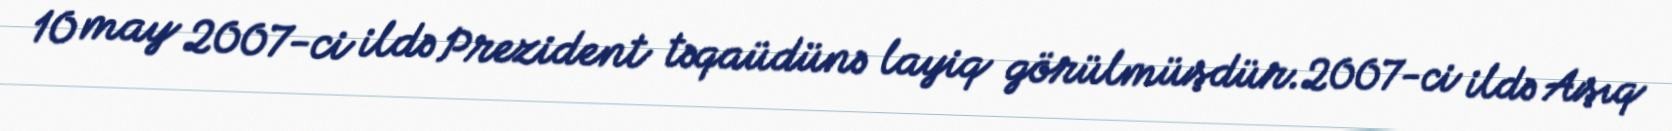
10 may 2007-ci ildə Prezident təqaüdünə layiq görülmüşdür.2007-ci ildə Aşıq